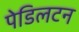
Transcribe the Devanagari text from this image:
पेडिलटन